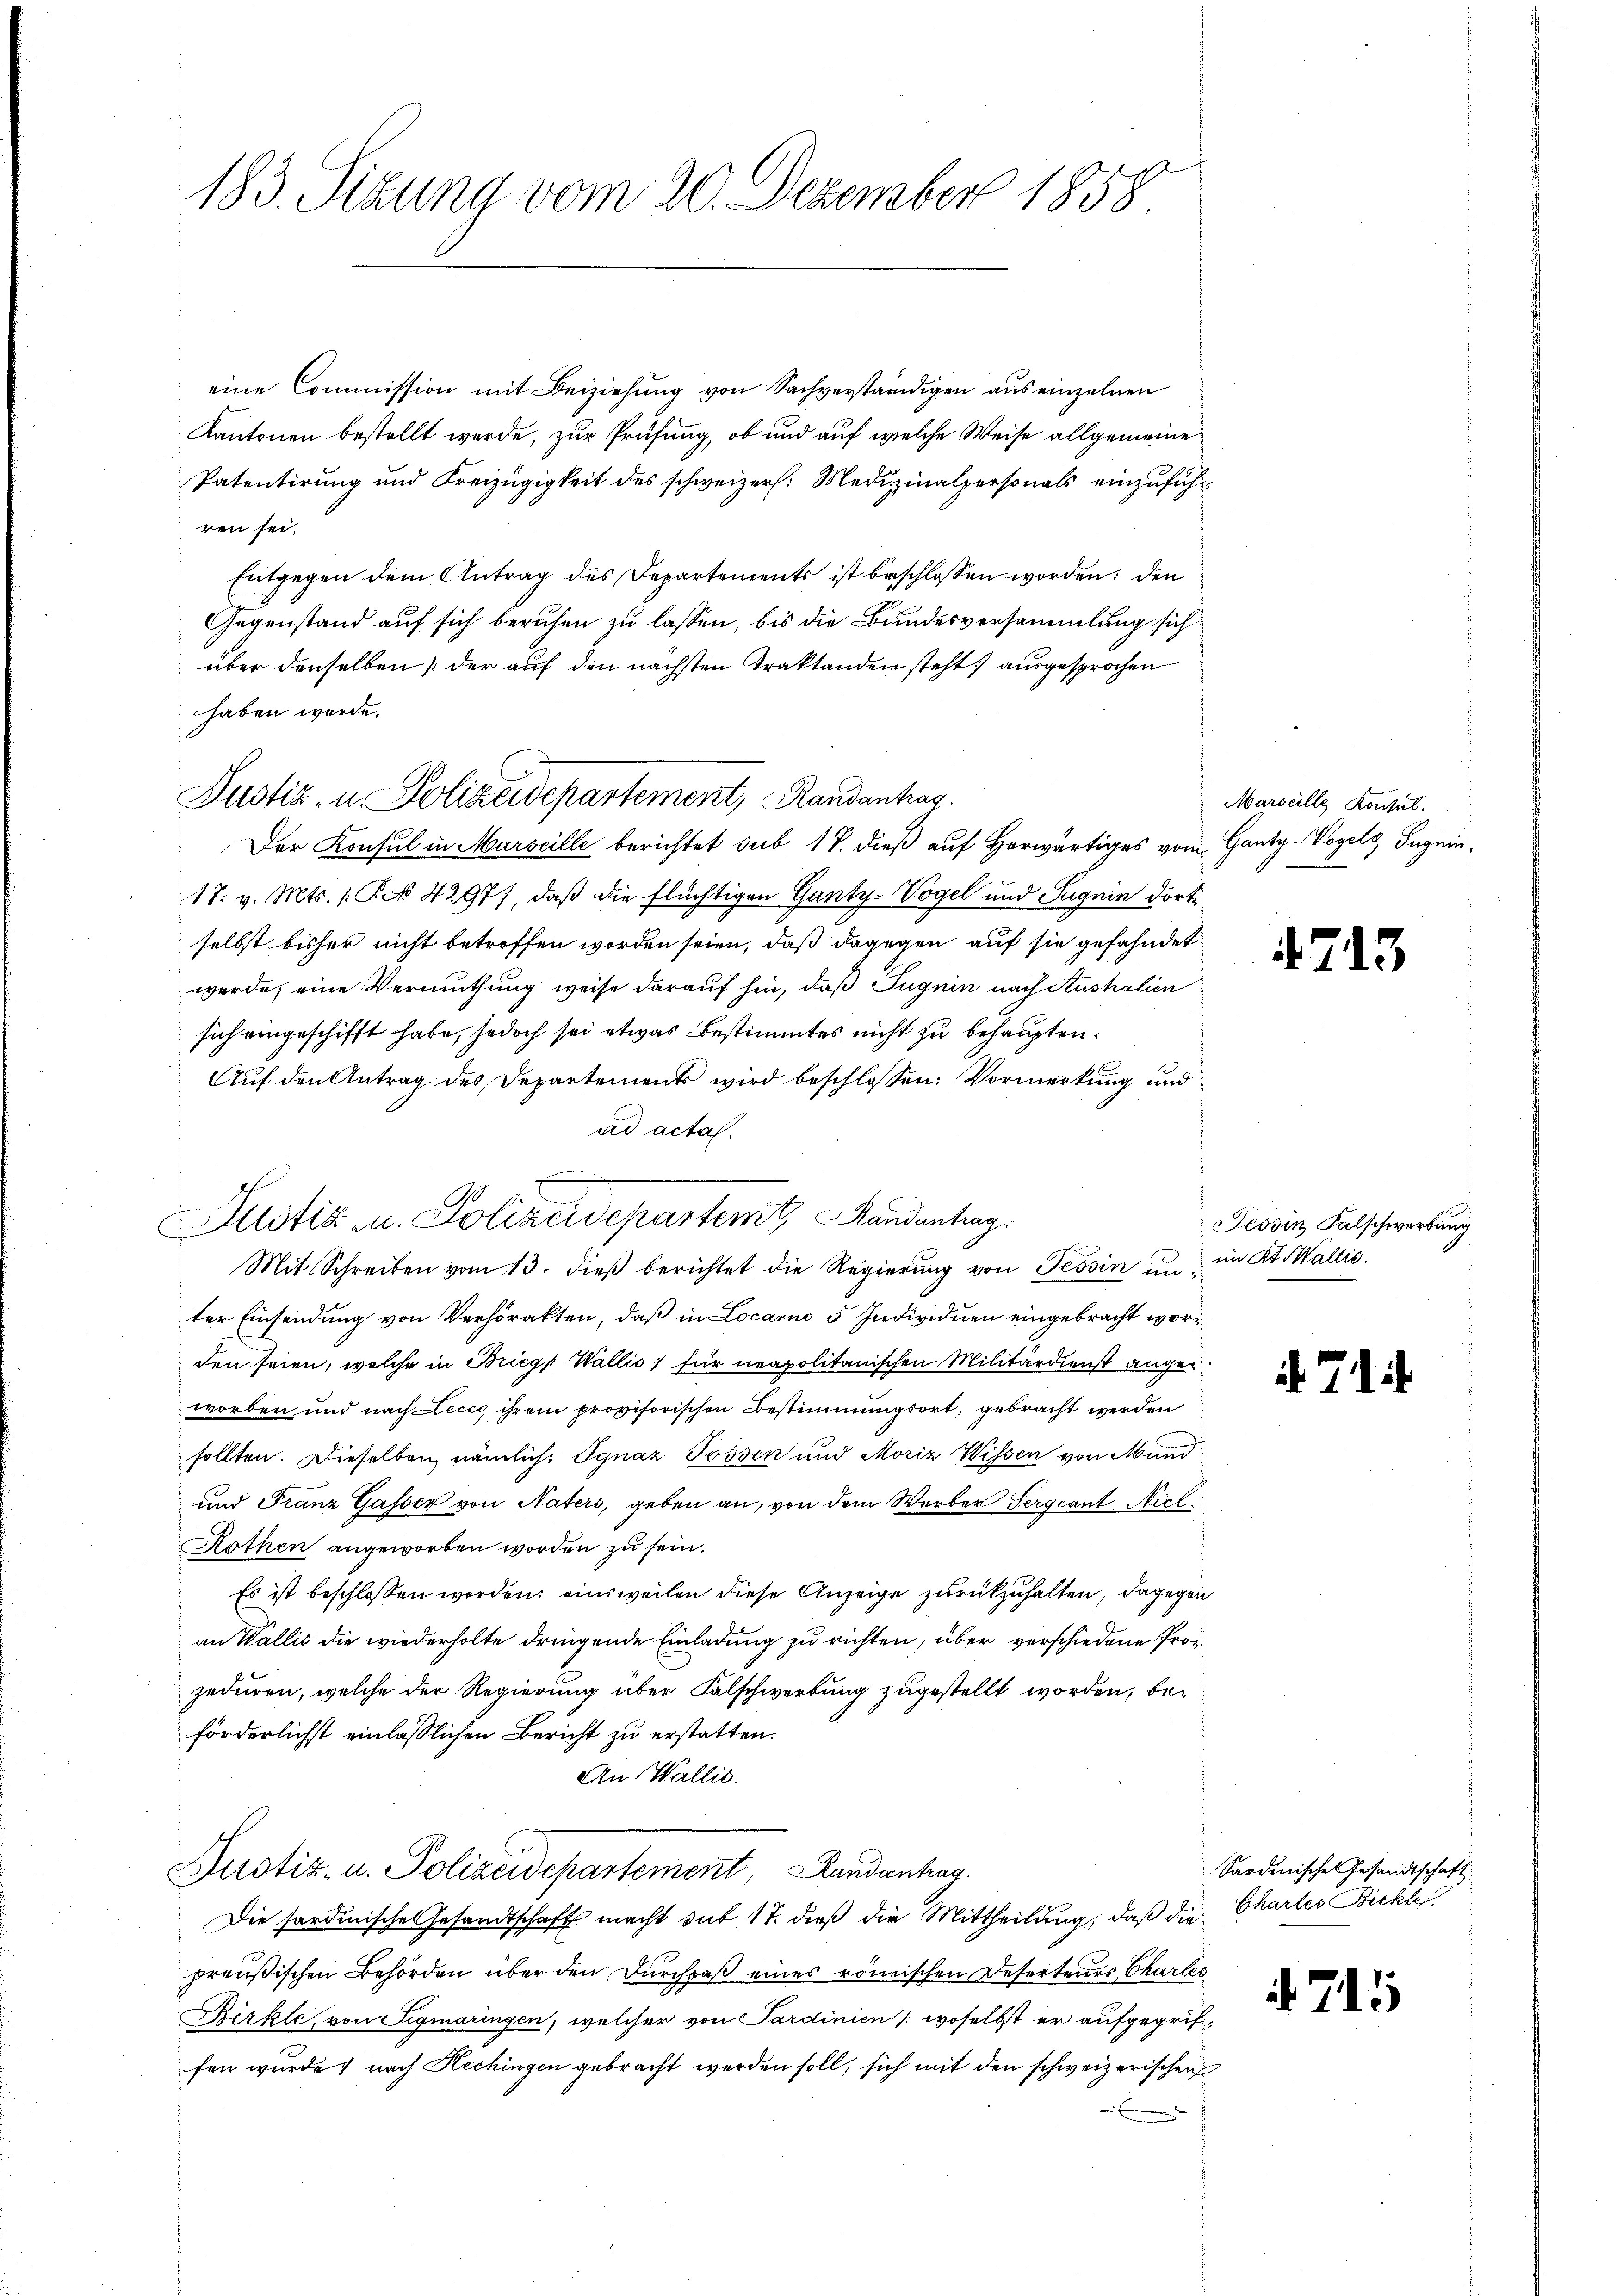
183. Sizung vom 20. Dezember 1858

eine Commission mit Beiziehung von Sachverständigen aus einzelnen
Kantonen bestellt werde, zur Prüfung, ob und auf welche Weise allgemeine
Patentirung und Freizügigkeit des schweizer. Medizinalpersonals einzuführen sei.
Entgegen dem Antrag des Departements ist beschlossen worden; den
Gegenstand auf sich beruhen zu lassen, bis die Bundesversammlung sich
über denselben (der auf den nächsten Traktanden steht ausgesprochen
haben werde.
Der Konsul in Marseille berichtet sub 18. dieß auf herwärtiges vom Ganty-Vogelg Sugnin¬
17. v. Mts. 1 Pk 42977, daß die flüchtigen Ganty-Vogel und Sugnin dorti
selbst bisher nicht betroffen worden seien, daß dagegen auf sie gefahndet
werde, eine Vermuthung weise darauf hin, daß Jugnin nach Australien
sich eingeschifft habe, jedoch sei etwas Bestimmtes nicht zu behaupten.
Auf den Antrag des Departements wird beschlossen: Vormerkung und
ad actal.
Mit Schreiben vom 13. dieß berichtet die Regierung von Tessin unter Einsendung von Verhörakten, daß in Locarno 5 Individuen eingebracht worden seien, welche in Brieg, Wallis, für neapolitanischen Militärdienst angeworben und nach Lecce ihrem provisorischen Bestimmungsort, gebracht werden
sollten. Dieselben nämlich. Ignaz Possen und Moriz Wissen von Mund
und Franz Gasser von Naters, geben an, von dem Werber Sergeant Nicl
Hothen angeworben worden zu sein.
Es ist beschlossen worden; einsweilen diese Anzeige zurückzuhalten, dagegen
an Wallis die wiederholte dringende Einladung zu richten, über verschiedene Prozeduren, welche der Regierung über Falschwerbung zugestellt worden, beförderlichst einlässlichen Bericht zu erstatten.
An Wallis.
Justiz- u. Polizeidepartement, Randanhag
Die sardinische Gesandtschaft macht sub 17. dieß die Mittheilung, daß die Chartes Bickte
preußischen Behörden über den Durchpaß eines römischen Deserteuer Charler
Birkte, von Sigmaringen, welcher von Sardinien (woselbst er aufgegriffen wurde nach Hechingen gebracht werden soll, sich mit den schweizerischen

Justiz- u. Polizeidepartement, Randanhag

Justiz u. Polizeidepartem Handenhag

Marseille Kontul.

4713

Tessin Falschwerbung
im Kt. Wallis.

if. 714.

Sardinischen Gesandtschaft

715